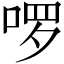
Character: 啰